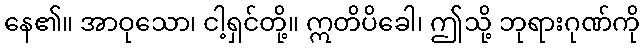
နေ၏။ အာဝုသော၊ ငါ့ရှင်တို့။ ဣတိပိခေါ၊ ဤသို့ ဘုရားဂုဏ်ကို